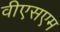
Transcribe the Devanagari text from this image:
वीएसएम